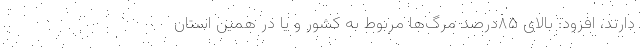
دارند، افزود: بالای ۸۵درصد مرگ‌ها مربوط به کشور و یا در همین استان